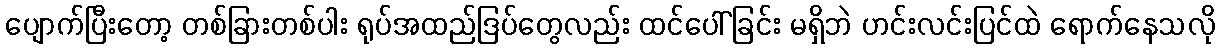
ပျောက်ပြီးတော့ တစ်ခြားတစ်ပါး ရုပ်အထည်ဒြပ်တွေလည်း ထင်ပေါ်ခြင်း မရှိဘဲ ဟင်းလင်းပြင်ထဲ ရောက်နေသလို